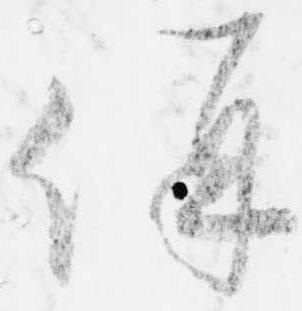
併